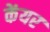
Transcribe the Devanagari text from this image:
केंयर